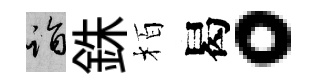
诣銖栢曷。